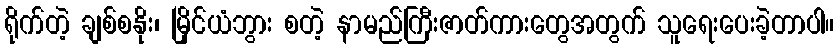
ရိုက်တဲ့ ချစ်စနိုး၊ မြိုင်ယံဘွား စတဲ့ နာမည်ကြီးဇာတ်ကားတွေအတွက် သူရေးပေးခဲ့တာပါ။